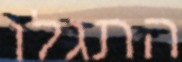
התגלו